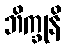
ဘိက္ခုနိ